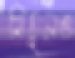
মিঠুনও